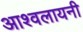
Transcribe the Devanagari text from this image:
आश्वलायनी